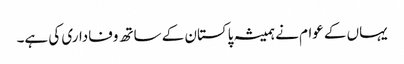
یہاں کے عوام نے ہمیشہ پاکستان کے ساتھ وفاداری کی ہے۔